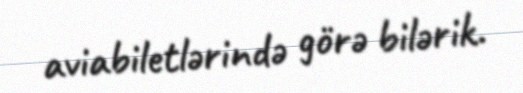
aviabiletlərində görə bilərik.